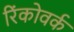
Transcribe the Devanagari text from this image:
रिंकोवर्क